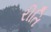
રીતિ